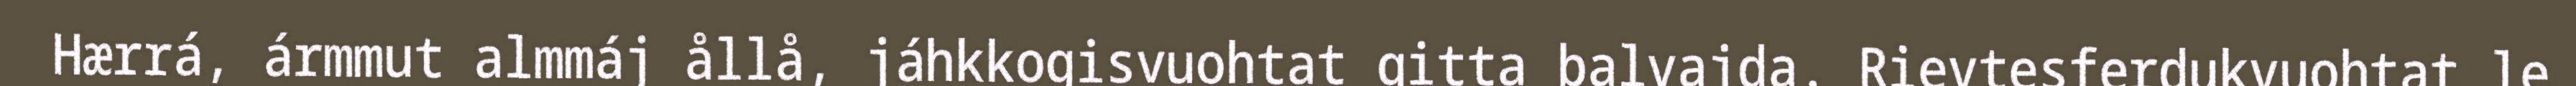
Hærrá, ármmut almmáj ållå, jáhkkogisvuohtat gitta balvajda. Rievtesferdukvuohtat le